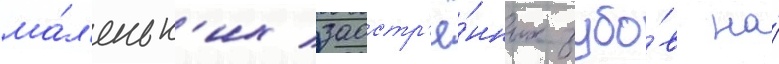
ма́л'еньк'их заостр'ё́нных зубо́в на́